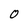
Character: O